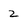
Character: 2